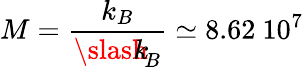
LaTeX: M=\frac{k_{B}}{{\slash\! \! \! k}_{\! {B}}}\simeq 8.62\ 10^{7}